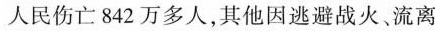
人民伤亡842万多人，其他因逃避战火、流离